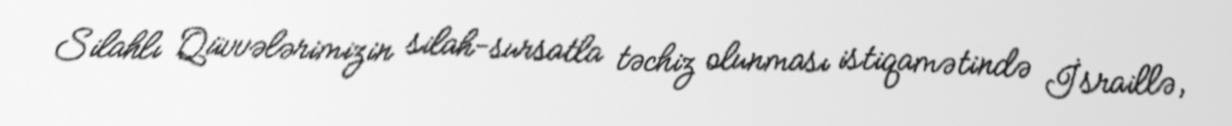
Silahlı Qüvvələrimizin silah-sursatla təchiz olunması istiqamətində İsraillə,